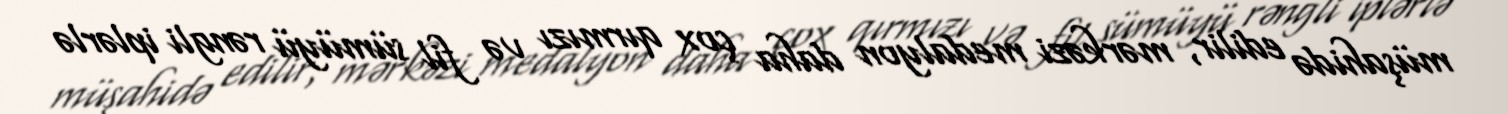
müşahidə edilir, mərkəzi medalyon daha çox qırmızı və fil sümüyü rəngli iplərlə